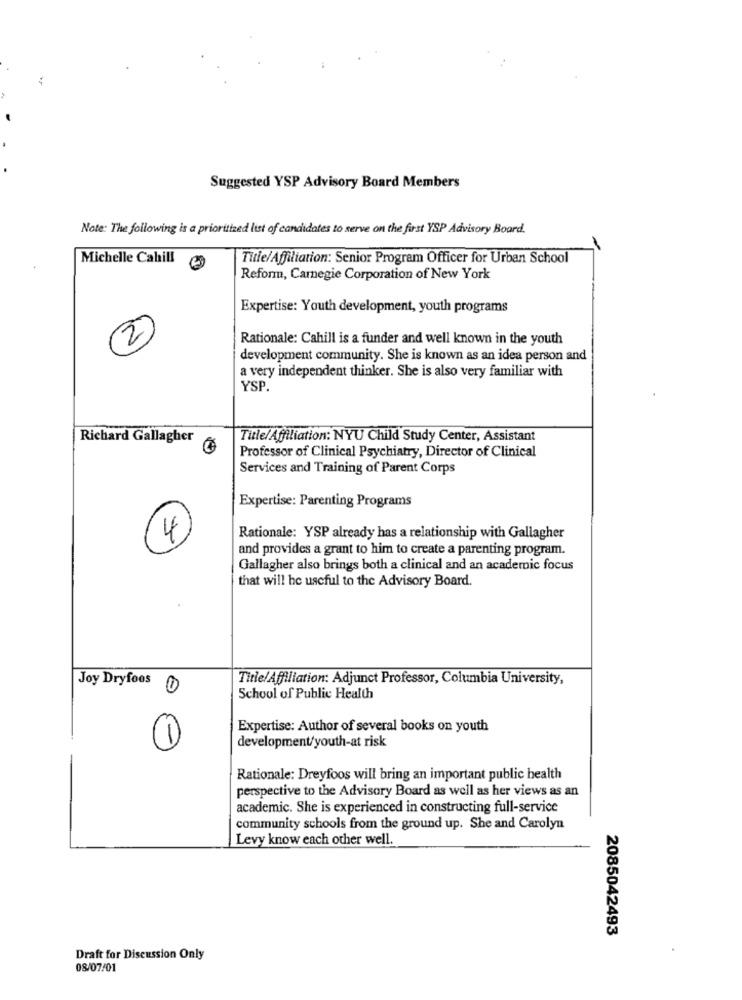
Suggested YSP Advisory Board Members
Note: The following is a prioritized list of candidates to serve on the first YSP Advisory Board.
Michelle Cahill
Title/Affiliation: Senior Program Officer for Urban School
Reform, Carnegie Corporation of New York
Expertise: Youth development, youth programs
2
Rationale: Cahill is a funder and well known in the youth
development community. She is known as an idea person and
a very independent thinker. She is also very familiar with
YSP.
Richard Gallagher
Title/Affiliation: NYU Child Study Center, Assistant
Professor of Clinical Psychiatry, Director of Clinical
Services and Training of Parent Corps
Expertise: Parenting Programs
4
Rationale: YSP already has a relationship with Gallagher
and provides a grant to him to create a parenting program.
Gallagher also brings both a clinical and an academic focus
that will he useful to the Advisory Board.
Joy Dryfoos
Title/Affiliation: Adjunct Professor, Columbia University,
1
School of Public Health
Expertise: Author of several books on youth
1)
development/youth-at risk
Rationale: Dreyfoos will bring an important public health
perspective to the Advisory Board as well as her views as an
academic. She is experienced in constructing full-service
community schools from the ground up. She and Carolyn
Levy know each other well.
2085042493
Draft for Discussion Only
08/07/01